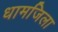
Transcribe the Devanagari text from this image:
धामजिला